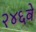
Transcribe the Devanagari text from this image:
२४६वे